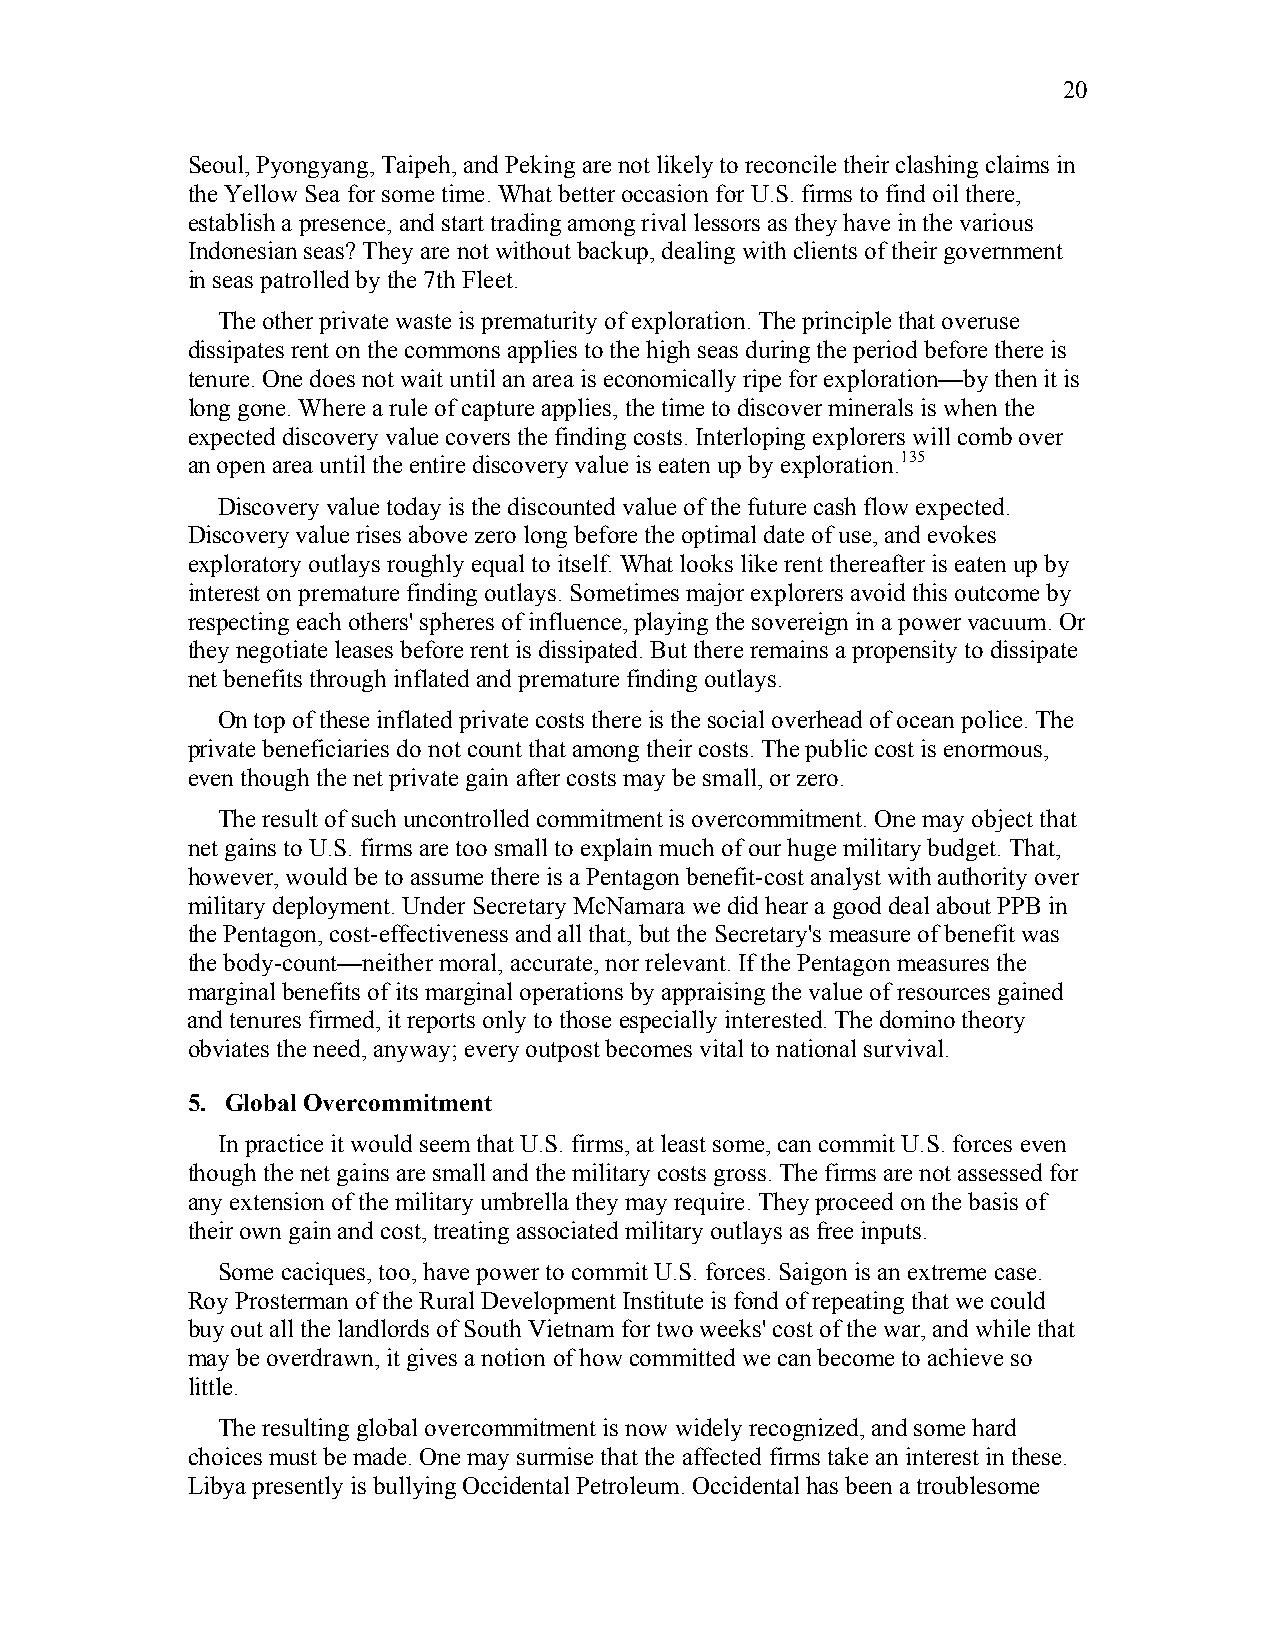
20
 Seoul, Pyongyang, Taipeh, and Peking are not likely to reconcile their clashing claims in
 the Yellow Sea for some time. What better occasion for U.S. firms to find oil there,
 establish a presence, and start trading among rival lessors as they have in the various
 Indonesian seas? They are not without backup, dealing with clients of their government
 in seas patrolled by the 7th Fleet.
 The other private waste is prematurity of exploration. The principle that overuse
 dissipates rent on the commons applies to the high seas during the period before there is
 tenure. One does not wait until an area is economically ripe for exploration—by then it is
 long gone. Where a rule of capture applies, the time to discover minerals is when the
 expected discovery value covers the finding costs. Interloping explorers will comb over
 an open area until the entire discovery value is eaten up by exploration.135
 Discovery value today is the discounted value of the future cash flow expected.
 Discovery value rises above zero long before the optimal date of use, and evokes
 exploratory outlays roughly equal to itself. What looks like rent thereafter is eaten up by
 interest on premature finding outlays. Sometimes major explorers avoid this outcome by
 respecting each others' spheres of influence, playing the sovereign in a power vacuum. Or
 they negotiate leases before rent is dissipated. But there remains a propensity to dissipate
 net benefits through inflated and premature finding outlays.
 On top of these inflated private costs there is the social overhead of ocean police. The
 private beneficiaries do not count that among their costs. The public cost is enormous,
 even though the net private gain after costs may be small, or zero.
 The result of such uncontrolled commitment is overcommitment. One may object that
 net gains to U.S. firms are too small to explain much of our huge military budget. That,
 however, would be to assume there is a Pentagon benefit-cost analyst with authority over
 military deployment. Under Secretary McNamara we did hear a good deal about PPB in
 the Pentagon, cost-effectiveness and all that, but the Secretary's measure of benefit was
 the body-count—neither moral, accurate, nor relevant. If the Pentagon measures the
 marginal benefits of its marginal operations by appraising the value of resources gained
 and tenures firmed, it reports only to those especially interested. The domino theory
 obviates the need, anyway; every outpost becomes vital to national survival.
 5. Global Overcommitment
 In practice it would seem that U.S. firms, at least some, can commit U.S. forces even
 though the net gains are small and the military costs gross. The firms are not assessed for
 any extension of the military umbrella they may require. They proceed on the basis of
 their own gain and cost, treating associated military outlays as free inputs.
 Some caciques, too, have power to commit U.S. forces. Saigon is an extreme case.
 Roy Prosterman of the Rural Development Institute is fond of repeating that we could
 buy out all the landlords of South Vietnam for two weeks' cost of the war, and while that
 may be overdrawn, it gives a notion of how committed we can become to achieve so
 little.
 The resulting global overcommitment is now widely recognized, and some hard
 choices must be made. One may surmise that the affected firms take an interest in these.
 Libya presently is bullying Occidental Petroleum. Occidental has been a troublesome